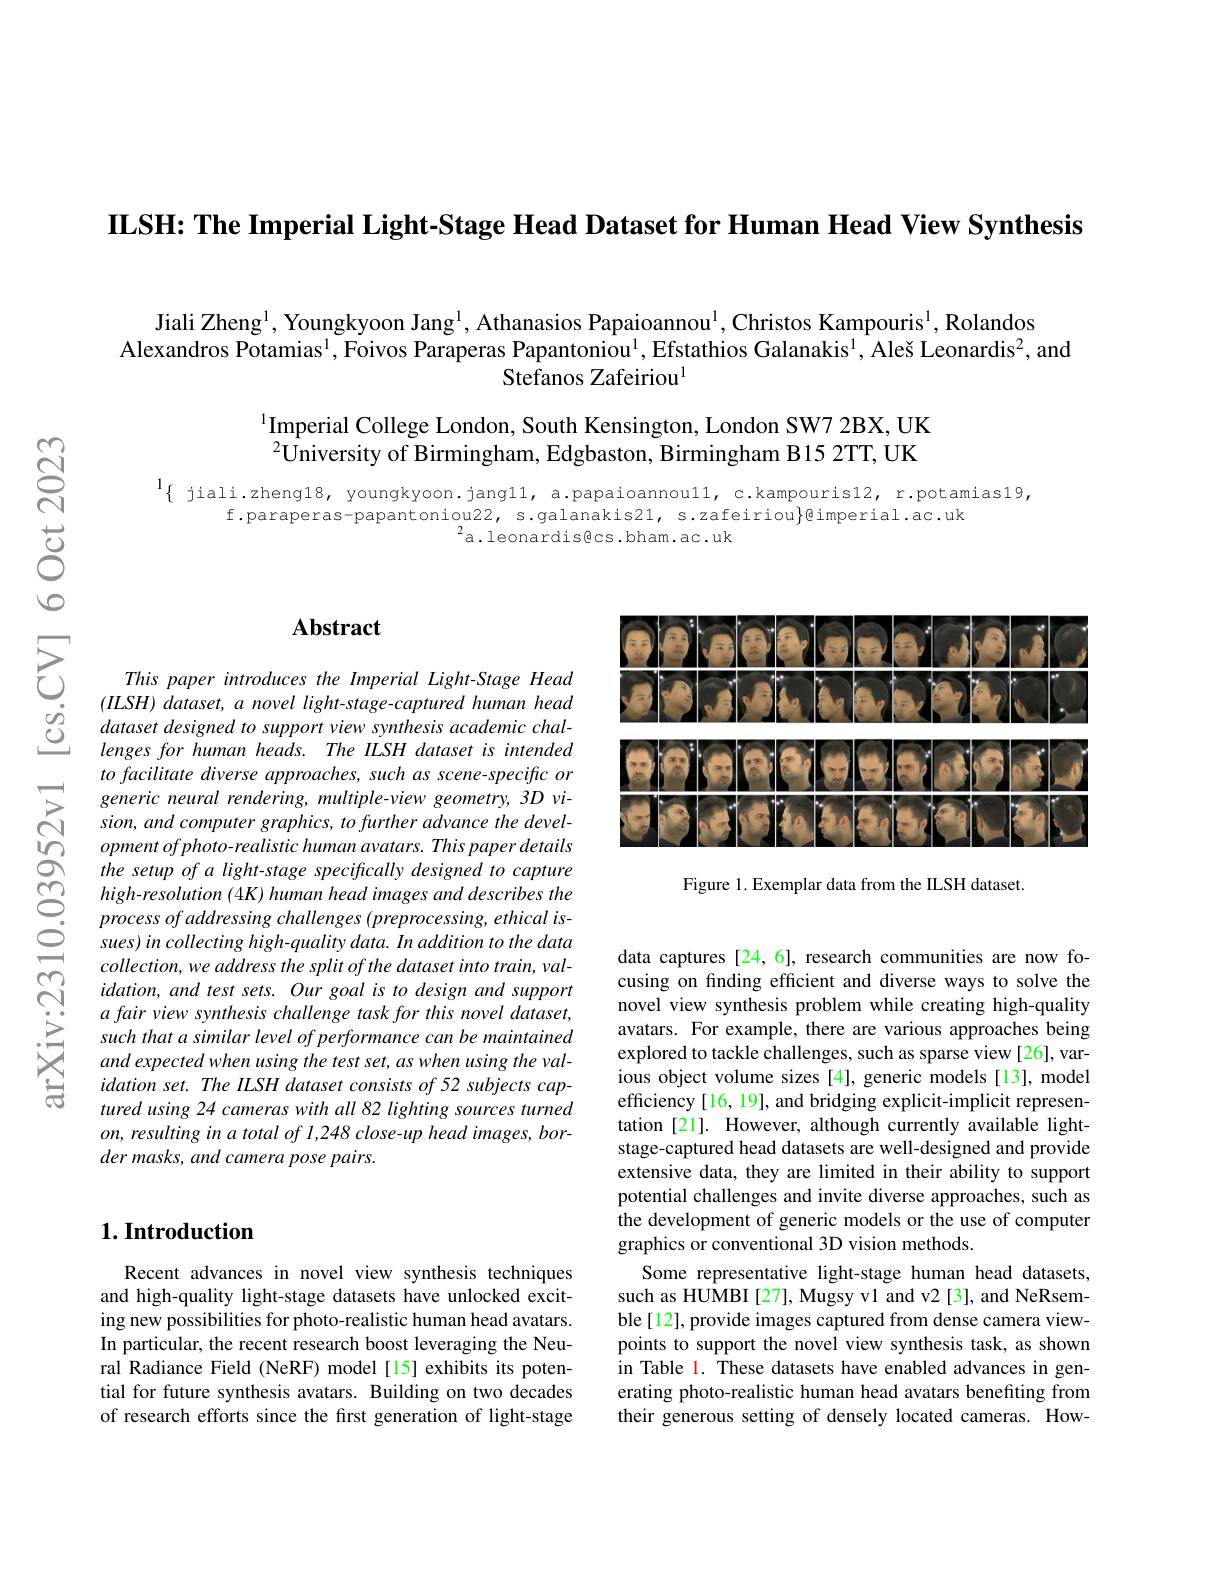
ILSH: The Imperial Light-Stage Head Dataset for Human Head View Synthesis

Jiali Zheng$^1$, Youngkyoon Jang$^1$, Athanasios Papaioannou$^1$,Christos Kampouris$^1$, Rolandos
Alexandros Potamias$^1$,Foivos Paraperas Papantoniou$^1$,Efstathios Galanakis$^1,\text{Ale\v{s}Leonardis}^2$, and
Stefanos Zafeiriou$^{1}$

$^{1}$Imperial College London, South Kensington, London SW7 2BX, UK $^2$University of Birmingham, Edgbaston, Birmingham B15 2TT, UK

$^{1}\{$ jiali.zheng18, youngkyoon. jangll, a.papaioannoull, c.kampouris12, r.potamias19,
f.paraperas-papantoniou22, s.galanakis21, s.zafeiriou}gimperial.ac.uk
$^{2}$a.leonardisgcs.bham.ac.uk

<FigureHere>

Figure 1. Exemplar data from the ILSH dataset.

## Abstract

This paper introduces the Imperial Light-Stage Head $( ILSH) \textit{ dataset, a novel light- stage- captured human head}$ dataset designed to support view synthesis academic challenges for human heads. The ILSH dataset is intended to facilitate diverse approaches, such as scene-specific or generic neural rendering, multiple-view geometry, 3D vision, and computer graphics, to further advance the development of photo- realistic human avatars. This paper details the setup of a light-stage specifically designed to capture high-resolution (4K) human head images and describes the process of addressing challenges (preprocessing, ethical issues) in collecting high-quality data. In addition to the data $collection,weaddressthesplitofthedatasetintotrain,val-$ $idation,and$ test sets. Our goal is to design and support $a\textit{ fair view synthesis challenge task for this novel dataset, }$ such that a similar level of performance can be maintained and expected when using the test set, as when using the validation set. The ILSH dataset consists of 52 subjects captured using 24 cameras with all 82 lighting sources turned $on,resultinginatotalof1,248close-upheadimages,bor-$ der masks, and camera pose pairs.

# 1. Introduction

Recent advances in novel view synthesis techniques and high-quality light-stage datasets have unlocked exciting new possibilities for photo-realistic human head avatars. In particular, the recent research boost leveraging the Neural Radiance Field (NeRF) model[15] exhibits its potential for future synthesis avatars. Building on two decades of research efforts since the first generation of light-stage

data captures [24, 6], research communities are now focusing on fınding effıcient and diverse ways to solve the novel view synthesis problem while creating high-quality avatars. For example, there are various approaches being explored to tackle challenges, such as sparse view[26], various object volume sizes [4], generic models [13], model efficiency [16, 19], and bridging explicit-implicit representation [21]. However, although currently available lightstage-captured head datasets are well-designed and provide extensive data, they are limited in their ability to support potential challenges and invite diverse approaches, such as the development of generic models or the use of computer graphics or conventional 3D vision methods.
Some representative light-stage human head datasets, such as HUMBI [27], Mugsy vl and v2 [3], and NeRsemble [12], provide images captured from dense camera viewpoints to support the novel view synthesis task, as shown in Table l. These datasets have enabled advances in generating photo-realistic human head avatars benefiting from their generous setting of densely located cameras. How-